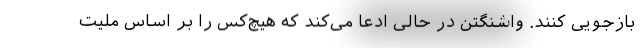
بازجویی کنند. واشنگتن در حالی ادعا می‌کند که هیچ‌کس را بر اساس ملیت